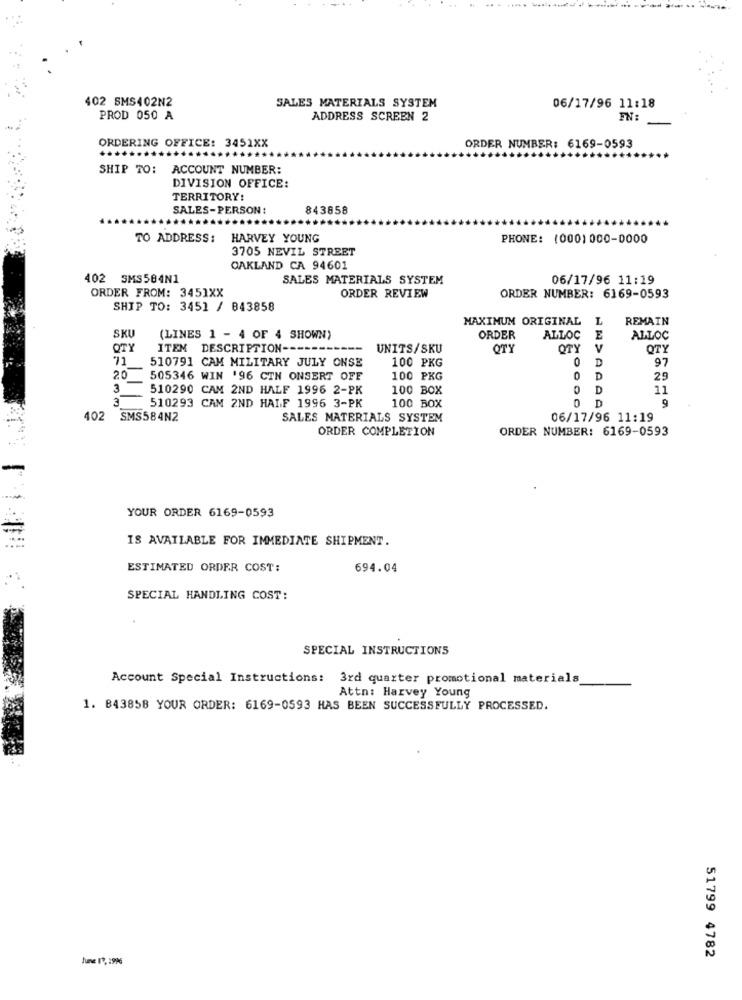
402 SMS402N2
SALES MATERIALS SYSTEM
06/17/96 11:18
PROD 050 A
ADDRESS SCREEN 2
ORDERING OFFICE: 3451XX
ORDER NUMBER: 6169-0593
SHIP TO: ACCOUNT NUMBER:
DIVISION OFFICE:
TERRITORY:
SALES-PERSON:
843858
TO ADDRESS: HARVEY YOUNG
PHONE: (000) 000-0000
3705 NEVIL STREET
OAKLAND CA 94601
402 SMS584N1
SALES MATERIALS SYSTEM
06/17/96 11:19
ORDER FROM: 3451XX
ORDER REVIEW
ORDER NUMBER: 6169-0593
SHIP TO: 3451 / 843858
MAXIMUM ORIGINAL
L
REMAIN
SKU
(LINES 1 - 4 OF 4 SHOWN)
ORDER
ALLOC
E
ALLOC
OTY
ITEM DESCRIPTION --
UNITS/SKU
OTY
OTY
V
OTY
71
510791 CAM MILITARY JULY ONSE
100 PKG
0
D
97
20
505346 WIN 196 CTN ONSERT OFF
100 PKG
D
25
3
510290 CAM 2ND HALF 1996 2-PK
100 BOX
D
11
3
510293 CAM 2ND HALF 1996 3-PK
0
D
9
100 BOX
402 SMS584N2
SALES MATERIALS SYSTEM
06/17/96 11:19
ORDER COMPLETION
ORDER NUMBER: 6169-0593
YOUR ORDER 6169-0593
IS AVAILABLE FOR IMMEDIATE SHIPMENT.
ESTIMATED ORDER COST:
694.04
SPECIAL HANDLING COST:
SPECIAL INSTRUCTIONS
Account Special Instructions: 3rd quarter promotional materials
Attn: Harvey Young
1. 843858 YOUR ORDER: 6169-0593 HAS BEEN SUCCESSFULLY PROCESSED.
June 17, 1996
51799 4782